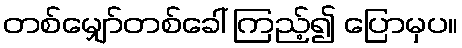
တစ်မျှော်တစ်ခေါ် ကြည့်၍ ပြောမှပ။